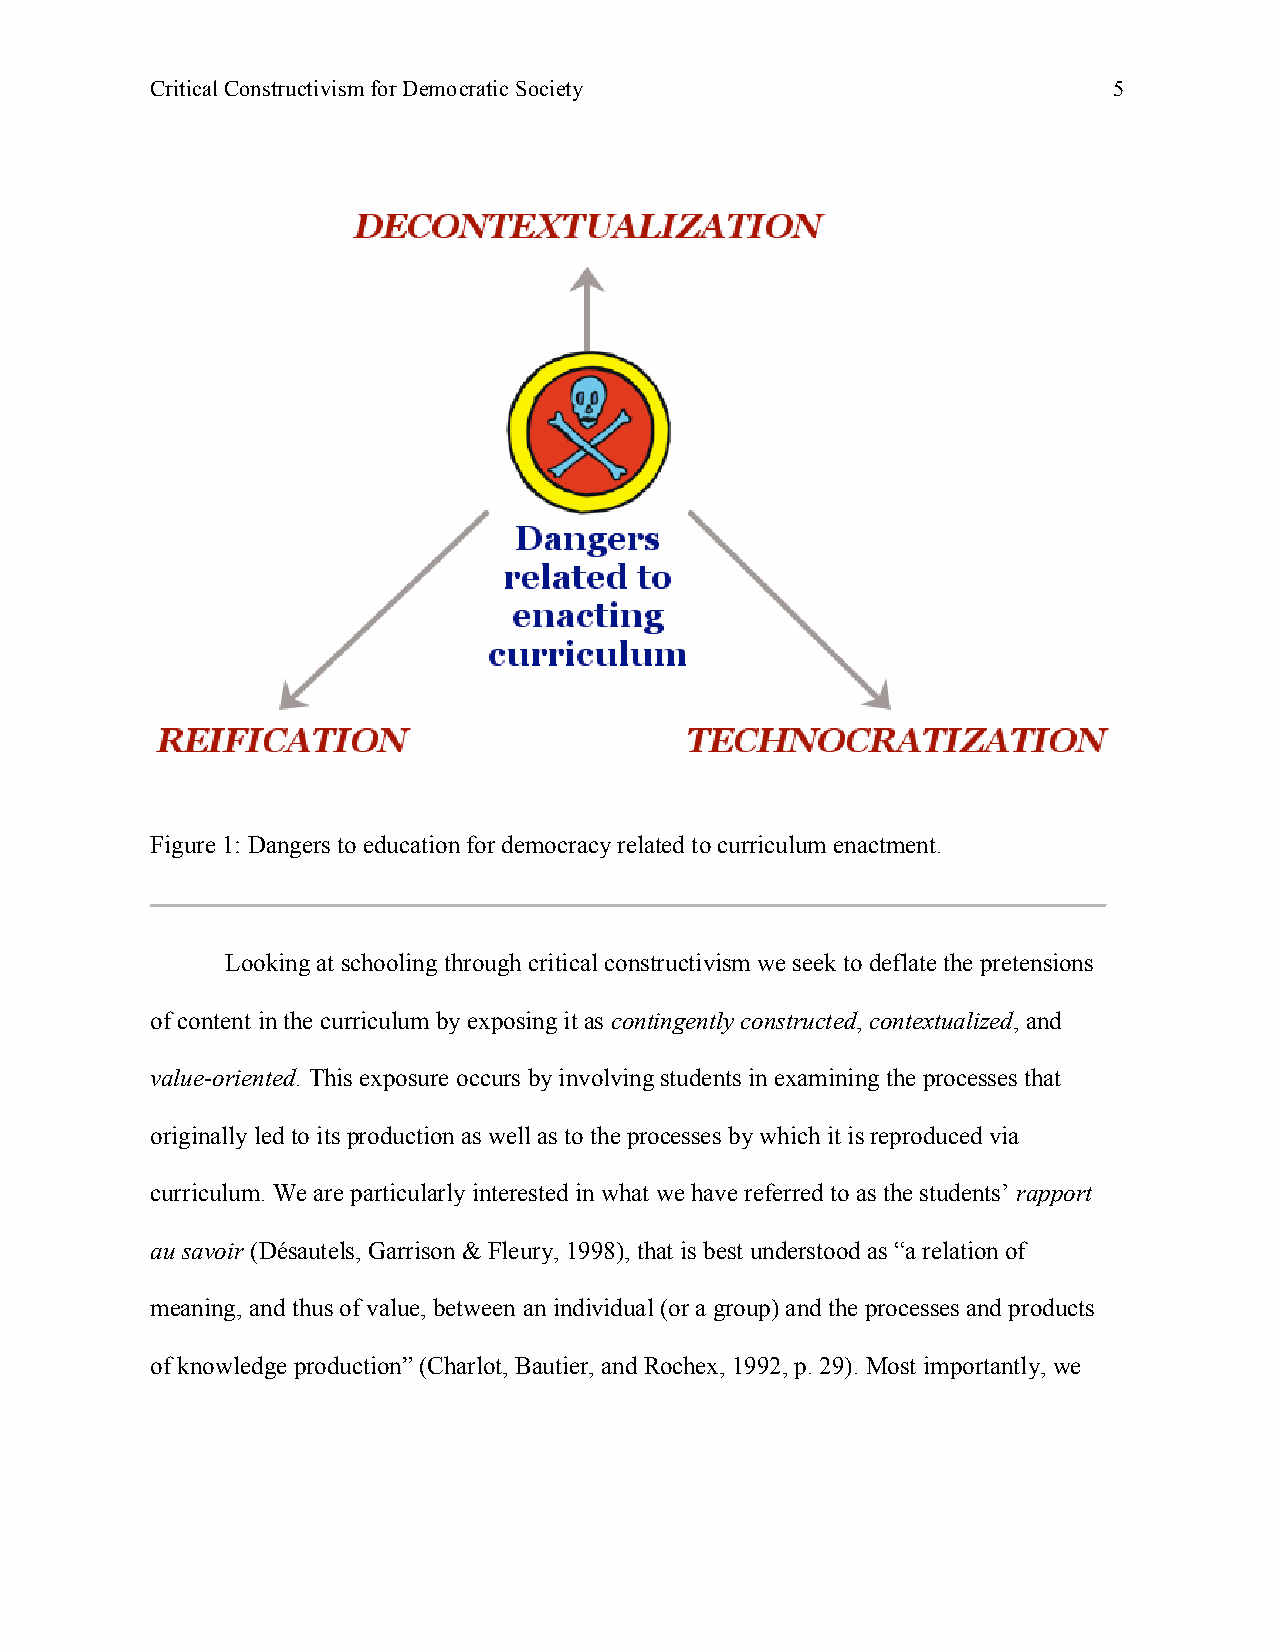
Critical Constructivism for Democratic Society                  5
 Figure 1: Dangers to education for democracy related to curriculum enactment.
 Looking at schooling through critical constructivism we seek to deflate the pretensions
 of content in the curriculum by exposing it as contingently constructed, contextualized, and
 value-oriented. This exposure occurs by involving students in examining the processes that
 originally led to its production as well as to the processes by which it is reproduced via
 curriculum. We are particularly interested in what we have referred to as the students’ rapport
 au savoir (Désautels, Garrison & Fleury, 1998), that is best understood as “a relation of
 meaning, and thus of value, between an individual (or a group) and the processes and products
 of knowledge production” (Charlot, Bautier, and Rochex, 1992, p. 29). Most importantly, we